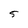
Character: 5